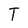
Character: T